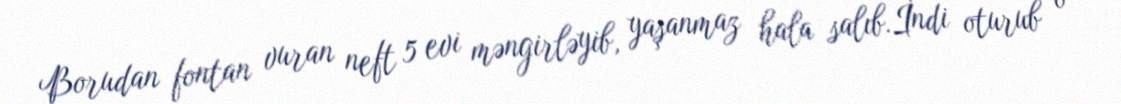
Borudan fontan vuran neft 5 evi məngirləyib, yaşanmaz hala salıb.İndi oturub o